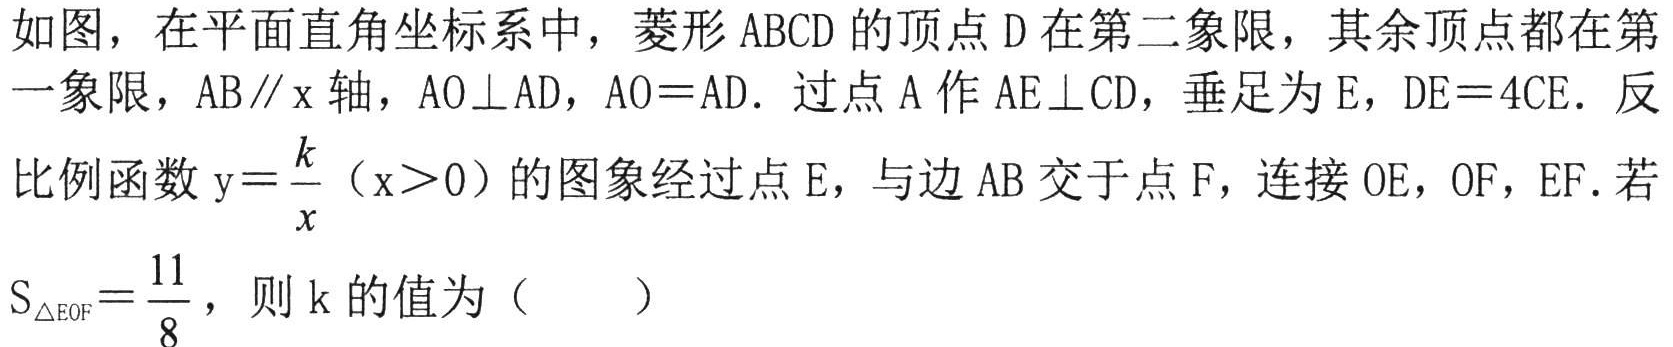
如图，在平面直角坐标系中，菱形 \(ABCD\) 的顶点 \(D\) 在第二象限，其余顶点都在第一象限，\(AB\parallel x\) 轴，\(AO\perp AD\)，\(AO = AD\)。过点 \(A\) 作 \(AE\perp CD\)，垂足为 \(E\)，\(DE = 4CE\)。反比例函数 \(y=\frac{k}{x}(x > 0)\) 的图象经过点 \(E\)，与边 \(AB\) 交于点 \(F\)，连接 \(OE\)，\(OF\)，\(EF\)。若 \(S_{\triangle EOF}=\frac{11}{8}\)，则 \(k\) 的值为（  ）